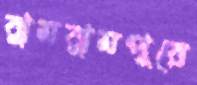
ঝুমঝুমপুরে